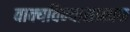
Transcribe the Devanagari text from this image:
वाक्यविन्यासात्मक